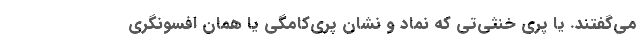
می‌گفتند. یا پری خَنَثی‌تی که نماد و نشان پری‌کامگی یا همان افسونگری